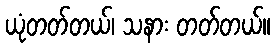
ယုံတတ်တယ်၊ သနား တတ်တယ်။